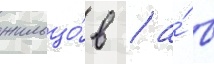
жильцо́в / а́ в